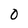
Character: 0